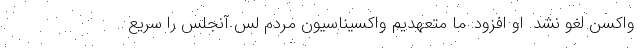
واکسن لغو نشد. او افزود: ما متعهدیم واکسیناسیون مردم لس آنجلس را سریع